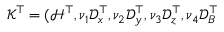
\mathcal { K } ^ { \top } = ( { \mathcal { H } } ^ { \top } , \nu _ { 1 } \mathcal { D } _ { x } ^ { \top } , \nu _ { 2 } \mathcal { D } _ { y } ^ { \top } , \nu _ { 3 } \mathcal { D } _ { z } ^ { \top } , \nu _ { 4 } \mathcal { D } _ { B } ^ { \top }